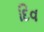
દિવ